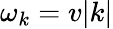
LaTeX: \omega_{k}=v|k|